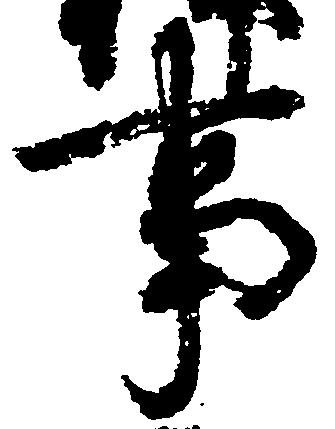
事